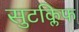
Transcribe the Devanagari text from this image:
सुटक्लिफ